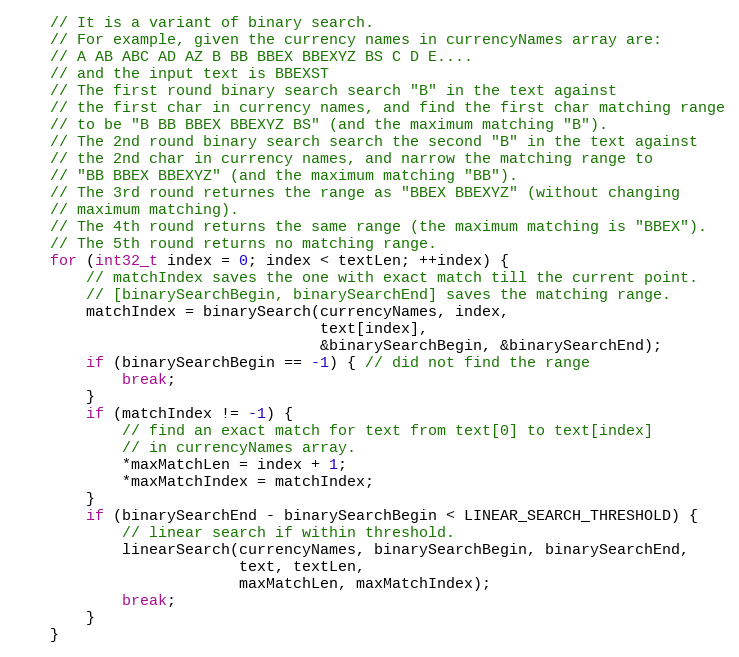
Language: C++
    // It is a variant of binary search.
    // For example, given the currency names in currencyNames array are:
    // A AB ABC AD AZ B BB BBEX BBEXYZ BS C D E....
    // and the input text is BBEXST
    // The first round binary search search "B" in the text against
    // the first char in currency names, and find the first char matching range
    // to be "B BB BBEX BBEXYZ BS" (and the maximum matching "B").
    // The 2nd round binary search search the second "B" in the text against
    // the 2nd char in currency names, and narrow the matching range to
    // "BB BBEX BBEXYZ" (and the maximum matching "BB").
    // The 3rd round returnes the range as "BBEX BBEXYZ" (without changing
    // maximum matching).
    // The 4th round returns the same range (the maximum matching is "BBEX").
    // The 5th round returns no matching range.
    for (int32_t index = 0; index < textLen; ++index) {
        // matchIndex saves the one with exact match till the current point.
        // [binarySearchBegin, binarySearchEnd] saves the matching range.
        matchIndex = binarySearch(currencyNames, index,
                                  text[index],
                                  &binarySearchBegin, &binarySearchEnd);
        if (binarySearchBegin == -1) { // did not find the range
            break;
        }
        if (matchIndex != -1) {
            // find an exact match for text from text[0] to text[index]
            // in currencyNames array.
            *maxMatchLen = index + 1;
            *maxMatchIndex = matchIndex;
        }
        if (binarySearchEnd - binarySearchBegin < LINEAR_SEARCH_THRESHOLD) {
            // linear search if within threshold.
            linearSearch(currencyNames, binarySearchBegin, binarySearchEnd,
                         text, textLen,
                         maxMatchLen, maxMatchIndex);
            break;
        }
    }